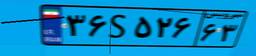
۳۶S۵۲۶۶۳